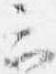
云